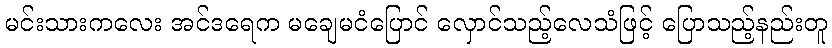
မင်းသားကလေး အင်ဒရေက မချေမငံပြောင် လှောင်သည့်လေသံဖြင့် ပြောသည့်နည်းတူ